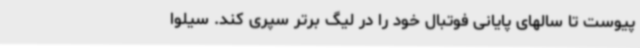
پیوست تا سالهای پایانی فوتبال خود را در لیگ برتر سپری کند. سیلوا